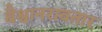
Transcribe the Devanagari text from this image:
वैश्वानरावतार